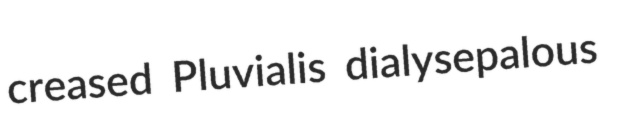
creased Pluvialis dialysepalous